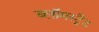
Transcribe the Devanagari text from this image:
ब्लॉमस्ट्रैंड